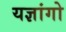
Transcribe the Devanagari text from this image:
यज्ञांगो